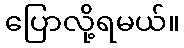
ပြောလို့ရမယ်။